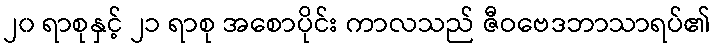
၂၀ ရာစုနှင့် ၂၁ ရာစု အစောပိုင်း ကာလသည် ဇီဝဗေဒဘာသာရပ်၏